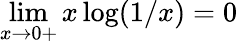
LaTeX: \operatorname*{lim}_{x\to 0+}x\log(1/x)=0